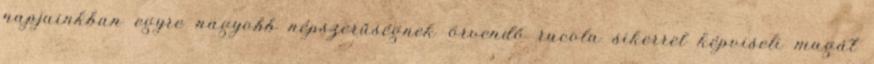
napjainkban egyre nagyobb népszerűségnek örvendő rucola sikerrel képviseli magát